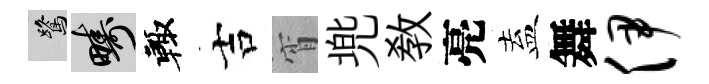
鷺疇輙吉宵兠教亮盍舞伊